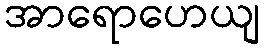
အာရောဟေယျ